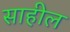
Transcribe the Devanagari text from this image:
साहील